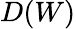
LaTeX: D(W)